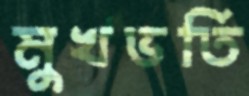
মুখভর্তি